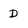
Character: D